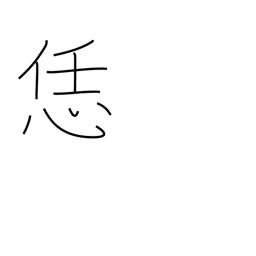
Meaning: like this